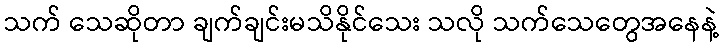
သက် သေဆိုတာ ချက်ချင်းမသိနိုင်သေး သလို သက်သေတွေအနေနဲ့